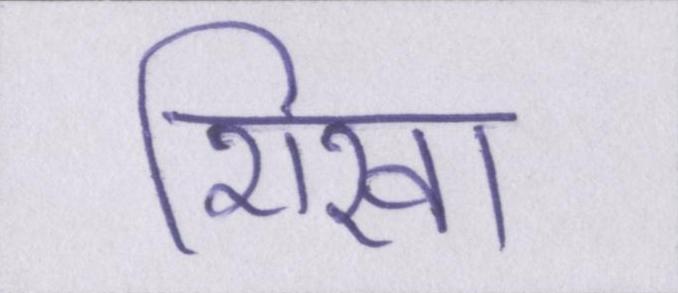
शिखा